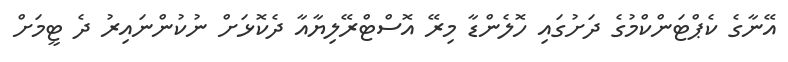
އޭނާގެ ކެޕްޓަންކްމުގެ ދަށުގައި ހޮލެންޑާ މިރޭ އޮސްޓްރޭލިޔާއާ ދެކޮޅަށް ނުކުންނައިރު ދެ ޓީމަށް